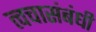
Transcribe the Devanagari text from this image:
त्वचासंबंधी